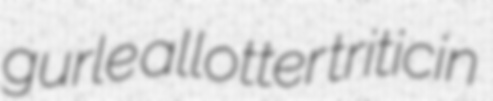
gurle allotter triticin